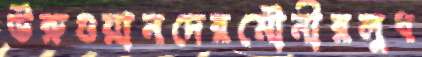
উরুগুয়ানদেরমৌনীরলুধ